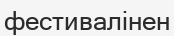
фестивалінен